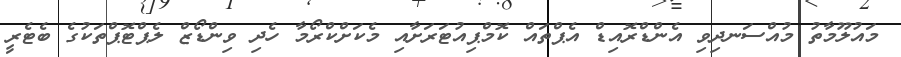
މައުލޫމާތު މުއްސަނދިވި އެންޑްރޮއިޑް އެޕްތައް ކޮމްޕިއުޓަރަށާއި މެކަށްކްރޯމާ ހެދި ވިންޑޯޒް ލެޕްޓޮޕްތަކުގެ ބެޓެރީ